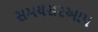
સમયસરઆપ